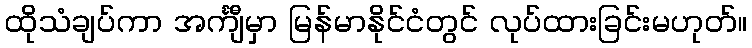
ထိုသံချပ်ကာ အင်္ကျီမှာ မြန်မာနိုင်ငံတွင် လုပ်ထားခြင်းမဟုတ်။